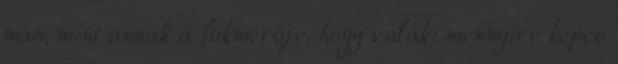
más, mint annak a fokmérője, hogy valaki mennyire képes